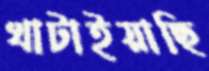
খাটাইয়াছি